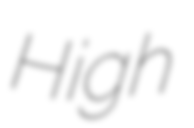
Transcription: High